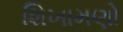
શિખામણો